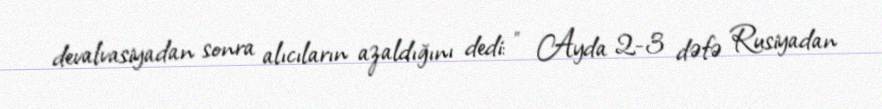
devalvasiyadan sonra alıcıların azaldığını dedi: " Ayda 2-3 dəfə Rusiyadan